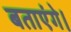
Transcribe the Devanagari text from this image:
बताएंगे।